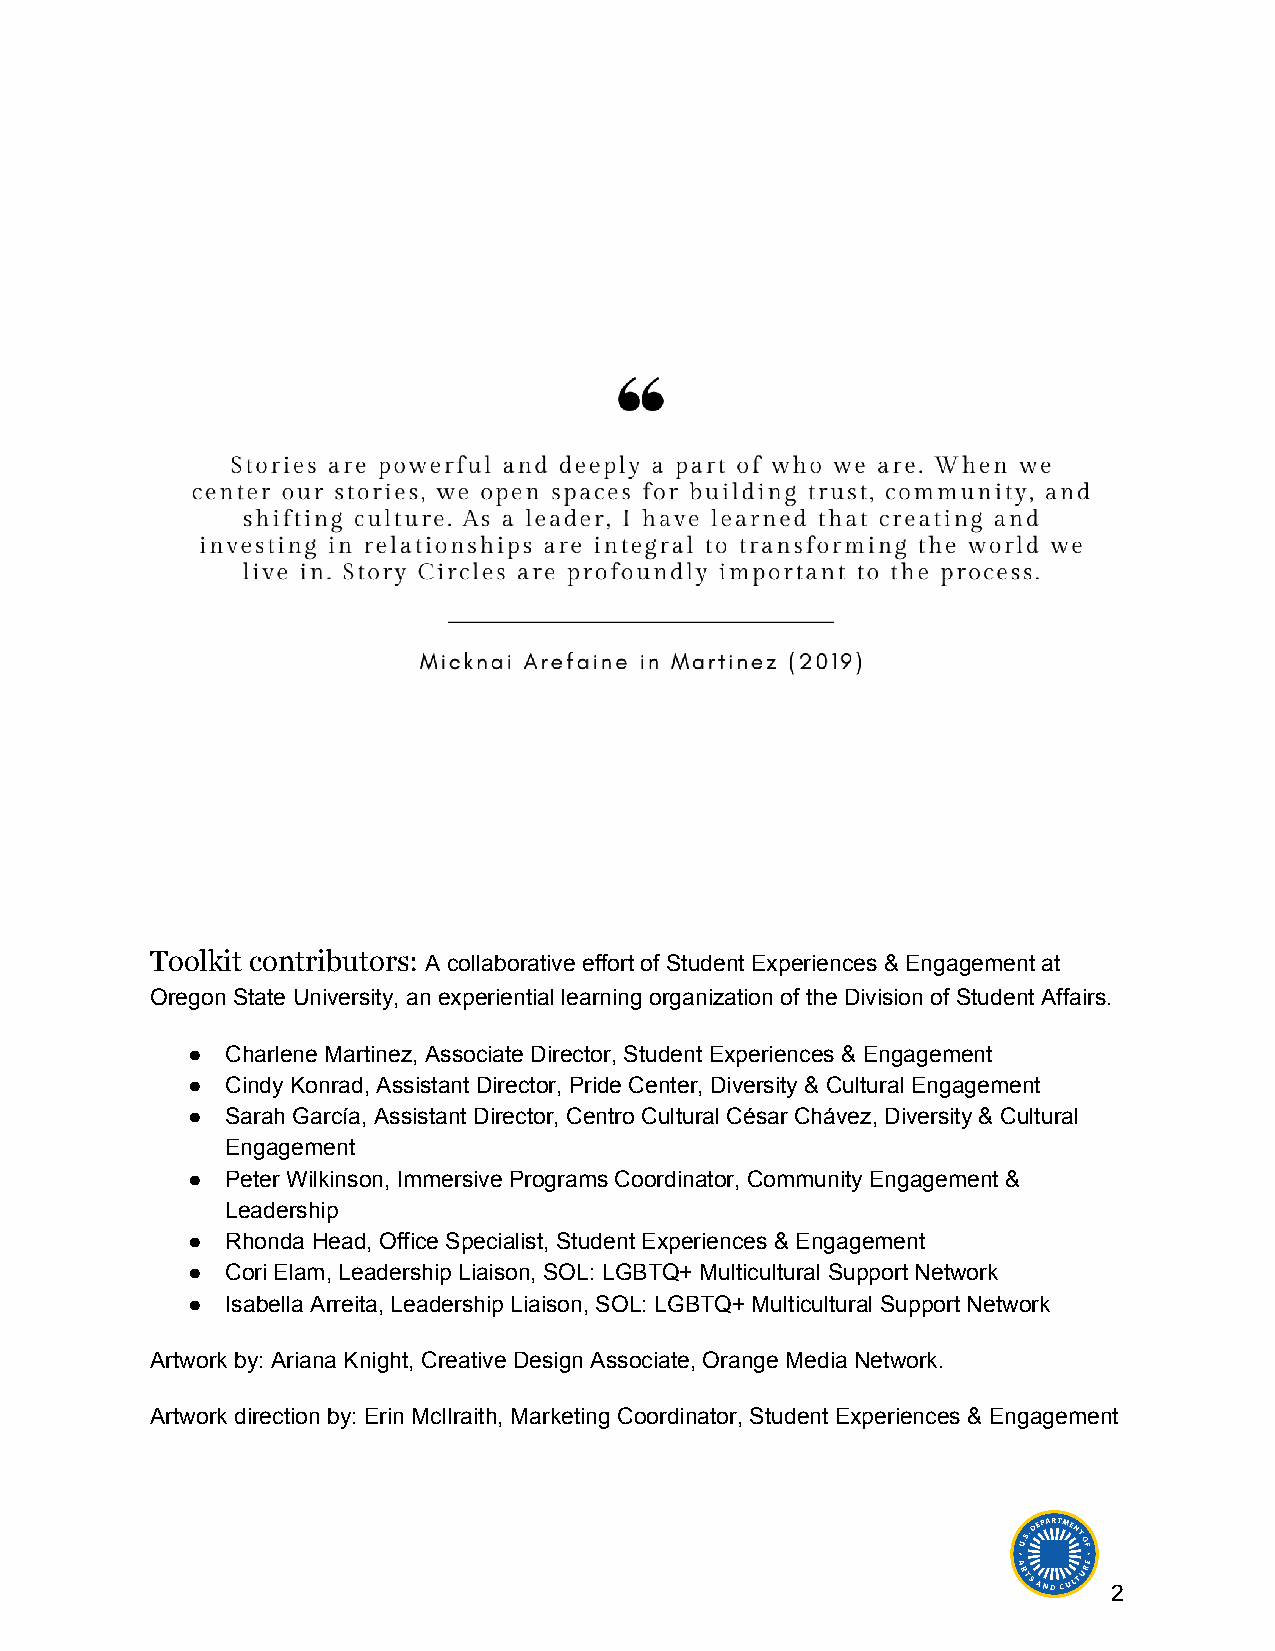
Toolkit contributors: A collaborative effort of Student Experiences & Engagement at
 ​
 Oregon State University, an experiential learning organization of the Division of Student Affairs.
 ●  Charlene Martinez, Associate Director, Student Experiences & Engagement
 ●  Cindy Konrad, Assistant Director, Pride Center, Diversity & Cultural Engagement
 ●  Sarah García, Assistant Director, Centro Cultural César Chávez, Diversity & Cultural
 Engagement
 ●  Peter Wilkinson, Immersive Programs Coordinator, Community Engagement &
 Leadership
 ●  Rhonda Head, Office Specialist, Student Experiences & Engagement
 ●  Cori Elam, Leadership Liaison, SOL: LGBTQ+ Multicultural Support Network
 ●  Isabella Arreita, Leadership Liaison, SOL: LGBTQ+ Multicultural Support Network
 Artwork by: Ariana Knight, Creative Design Associate, Orange Media Network.
 Artwork direction by: Erin McIlraith, Marketing Coordinator, Student Experiences & Engagement
 2